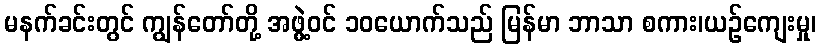
မနက်ခင်းတွင် ကျွန်တော်တို့ အဖွဲ့ဝင် ၁၀ယောက်သည် မြန်မာ ဘာသာ စကား၊ယဉ်ကျေးမှု၊